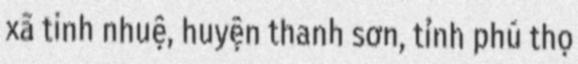
xã tinh nhuệ, huyện thanh sơn, tỉnh phú thọ